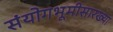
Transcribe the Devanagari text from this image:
संयोगभूमीसारख्या